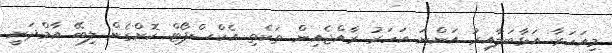
މިއަހަރާ އަޅާބަލާއިރު އަންނަ އަހަރު ރާއްޖެއިން ތަކެތި އެކްސްޕޯޓް ކޮށްގެން ލިބޭ އާމްދަނީ